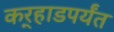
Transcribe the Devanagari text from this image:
कर्‍हाडपर्यंत